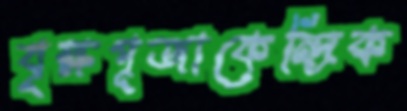
বৃক্ষপূজাকেন্দ্রিক